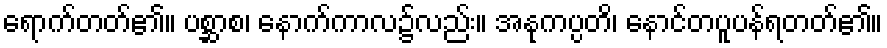
ရောက်တတ်၏။ ပစ္ဆာစ၊ နောက်ကာလ၌လည်း။ အနုကပ္ပတိ၊ နောင်တပူပန်ရတတ်၏။